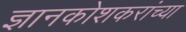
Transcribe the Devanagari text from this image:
ज्ञानकोशकरांच्या